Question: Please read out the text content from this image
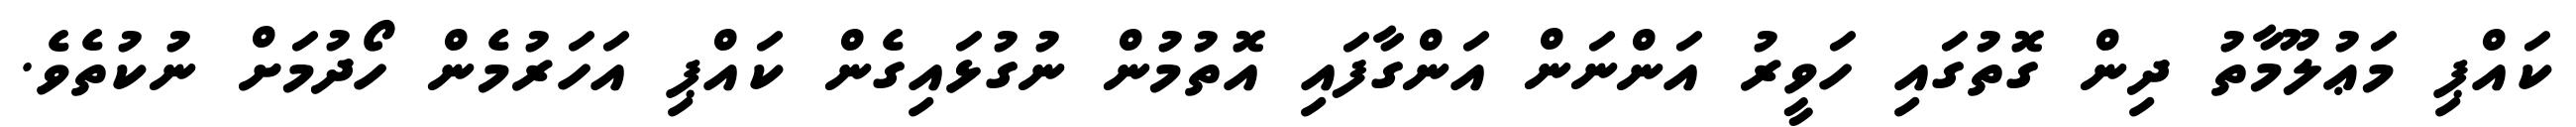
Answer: ކައްޕި މަޢުލޫމާތު ދިން ގޮތުގައި ހަވީރު އަންނަން އަންގާފައި އޮތުމުން ނުގުޅައިގެން ކައްޕި އަހަރުމެން ހޯދުމަށް ނުކުތެވެ.